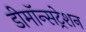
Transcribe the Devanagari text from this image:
डीमॉन्सट्रेशन